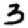
Digit: 3